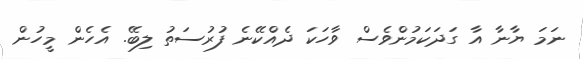
ނަމަ ޔާނާ އާ ގަދަކަމުންވެސް ވާހަކަ ދެއްކޭނެ ފުރުސަތު ލިބޭ. އެހެން މީހުން